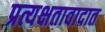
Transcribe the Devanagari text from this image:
प्रत्यक्षतावादात